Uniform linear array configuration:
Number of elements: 12
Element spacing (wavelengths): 1
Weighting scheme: binomial
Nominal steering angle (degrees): -60
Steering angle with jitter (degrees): -58.598
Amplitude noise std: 0.05
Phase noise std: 0.05

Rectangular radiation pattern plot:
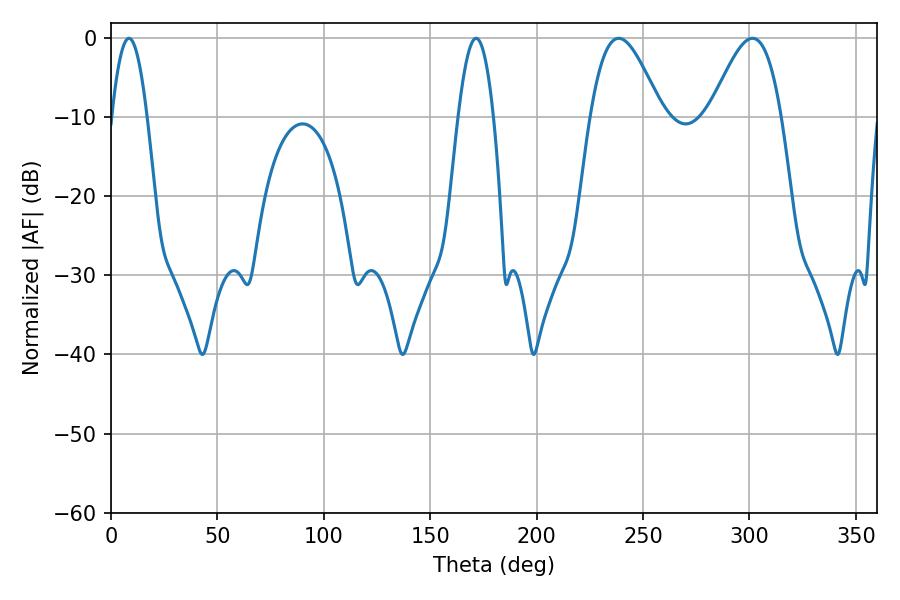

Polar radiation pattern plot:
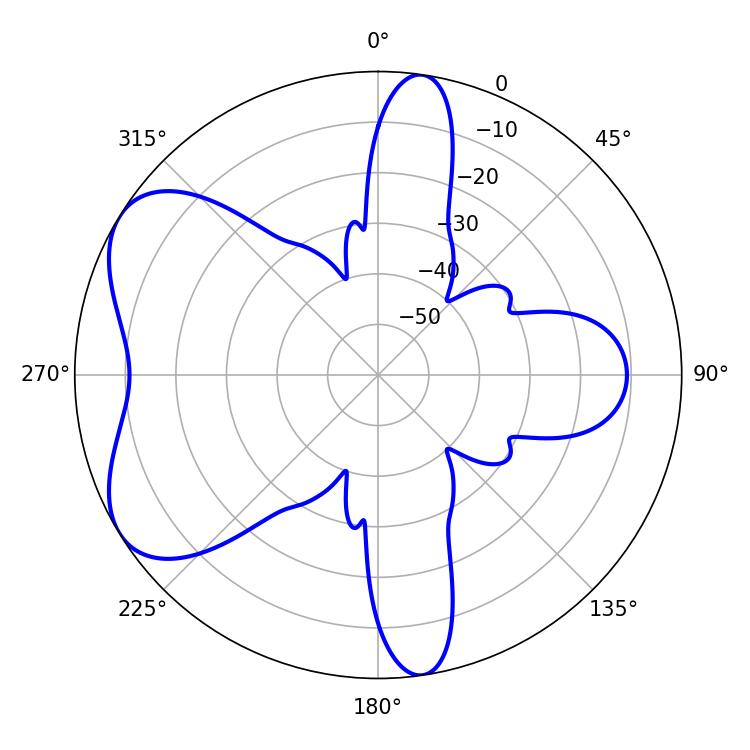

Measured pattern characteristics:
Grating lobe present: TRUE
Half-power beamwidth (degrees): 9
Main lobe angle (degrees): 8.46